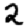
Digit: 2